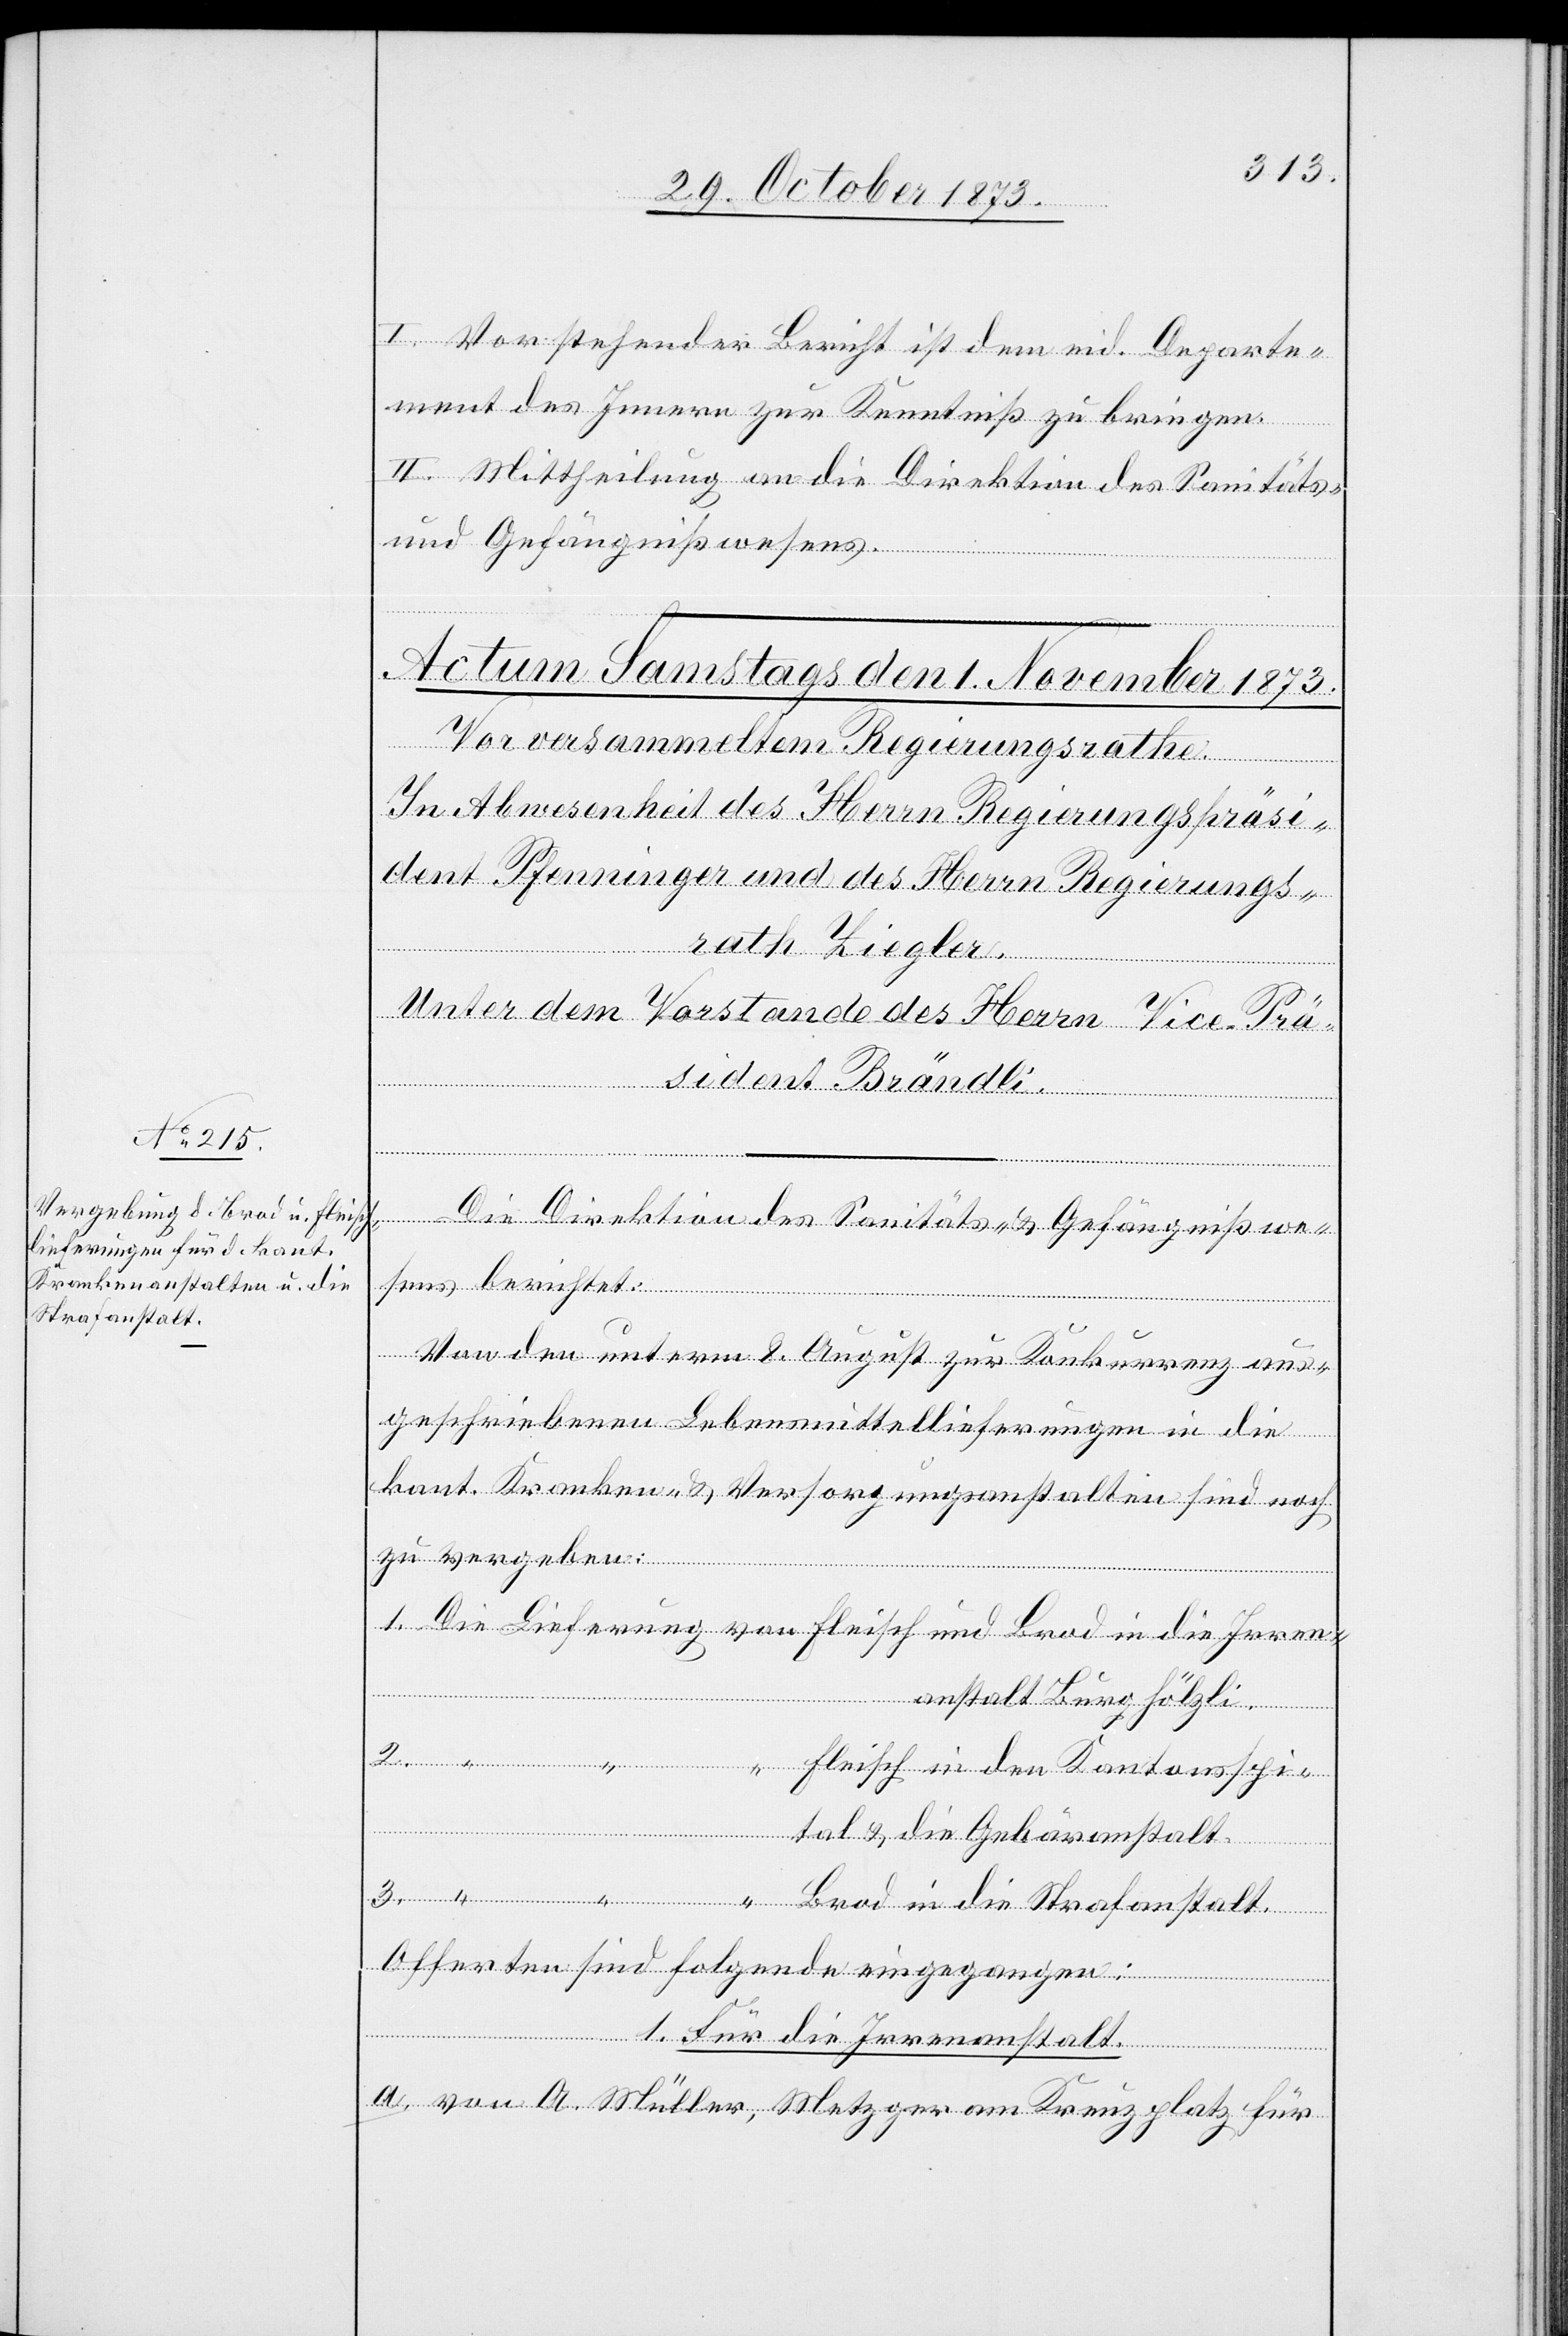
I. Vorstehender Bericht ist dem eid. Depart¬
ment des Innern zur Kenntniß zu bringen.
II. Mittheilung an die Direktion des Sanitäts-
und Gefängnißwesens.
Die Direktion des Sanitäts- & Gefängnißwe¬
sens berichtet:
Von den unterm 8. August zur Konkurrenz aus¬
geschriebenen Lebensmittelieferungen in die
kant. Kranken- & Versorgungsanstalten sind noch
zu vergeben:
1. Die Lieferung von Fleisch und Brod in die Irren¬
anstalt Burghölzli.
“ Fleisch in den Kantonsspi¬
tal & die Gebäranstalt.
3. “ “ “ Brod in die Strafanstalt.
Offerten sind folgende eingegangen:
1. Für die Irrenanstalt.
2.
a. Von A. Müller, Metzger am Kreuzplatz für